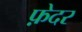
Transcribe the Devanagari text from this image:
फ़ेदर